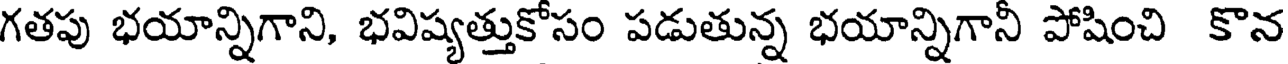
గతపు భయాన్నిగాని, భవిష్యత్తుకోసం పడుతున్న భయాన్నిగానీ పోషించి కొన